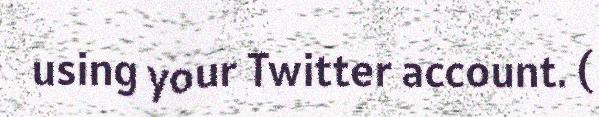
using your Twitter account. (